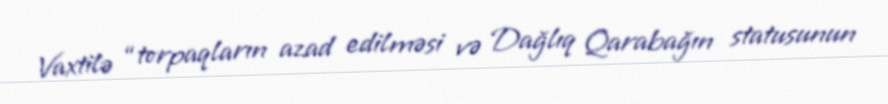
Vaxtilə “torpaqların azad edilməsi və Dağlıq Qarabağın statusunun